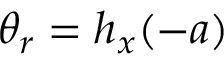
\theta _ { r } = h _ { x } ( - a )